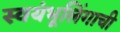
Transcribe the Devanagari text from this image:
स्वयंभूलिंगाची